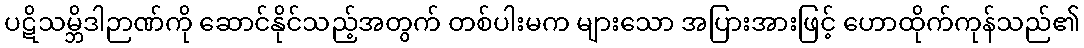
ပဋိသမ္ဘိဒါဉာဏ်ကို ဆောင်နိုင်သည့်အတွက် တစ်ပါးမက များသော အပြားအားဖြင့် ဟောထိုက်ကုန်သည်၏